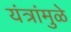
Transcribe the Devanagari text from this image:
यंत्रांमुळे